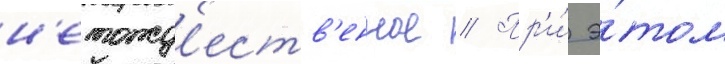
н'етожд'еств'енное // Пр'и́ э́том